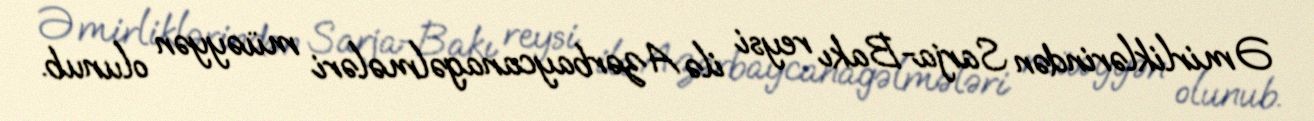
Əmirliklərindən Sarja-Bakı reysi ilə Azərbay­canagəlmələri müəyyən olunub.